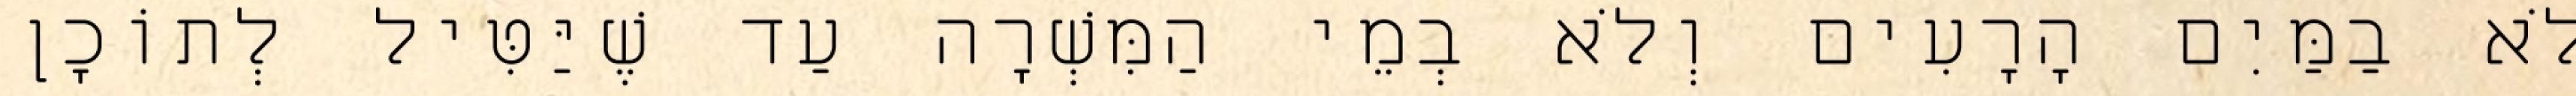
לֹא בַמַּיִם הָרָעִים וְלֹא בְמֵי הַמִּשְׁרָה עַד שֶׁיַּטִּיל לְתוֹכָן